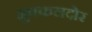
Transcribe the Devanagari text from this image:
मुक्कलदोर